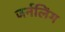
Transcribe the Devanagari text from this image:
जर्नलिंग